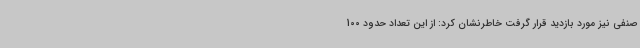
صنفی نیز مورد بازدید قرار گرفت خاطرنشان کرد: از این تعداد حدود 100